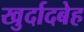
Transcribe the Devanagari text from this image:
खुर्दादबेह